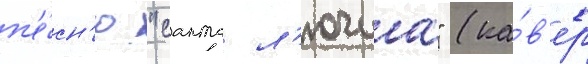
п'е́сн'ю "санта л'ючиа" (ка́в'ер